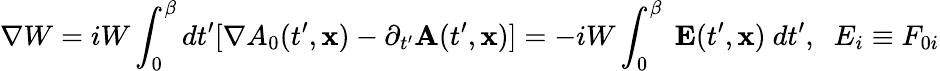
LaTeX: {\mathbf\nabla}W=iW\int_{0}^{\beta}dt^{\prime}[\nabla A_{0}(t^{\prime},{\mathbf x})-\partial_{t^{\prime}}{\mathbf A}(t^{\prime},{\mathbf x})]=-iW\int_{0}^{\beta}~{\mathbf E}(t^{\prime},{\mathbf x})~dt^{\prime},\; \; E_{i}\equiv F_{0i}